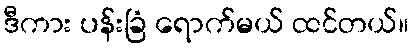
ဒီကား ပန်းခြံ ရောက်မယ် ထင်တယ်။